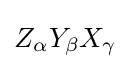
Z_{\alpha }Y_{\beta }X_{\gamma }